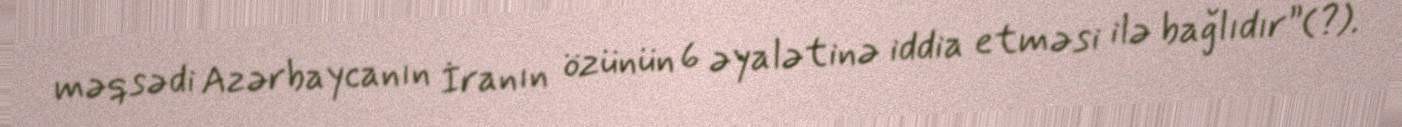
məqsədi Azərbaycanın İranın özünün 6 əyalətinə iddia etməsi ilə bağlıdır”(?).